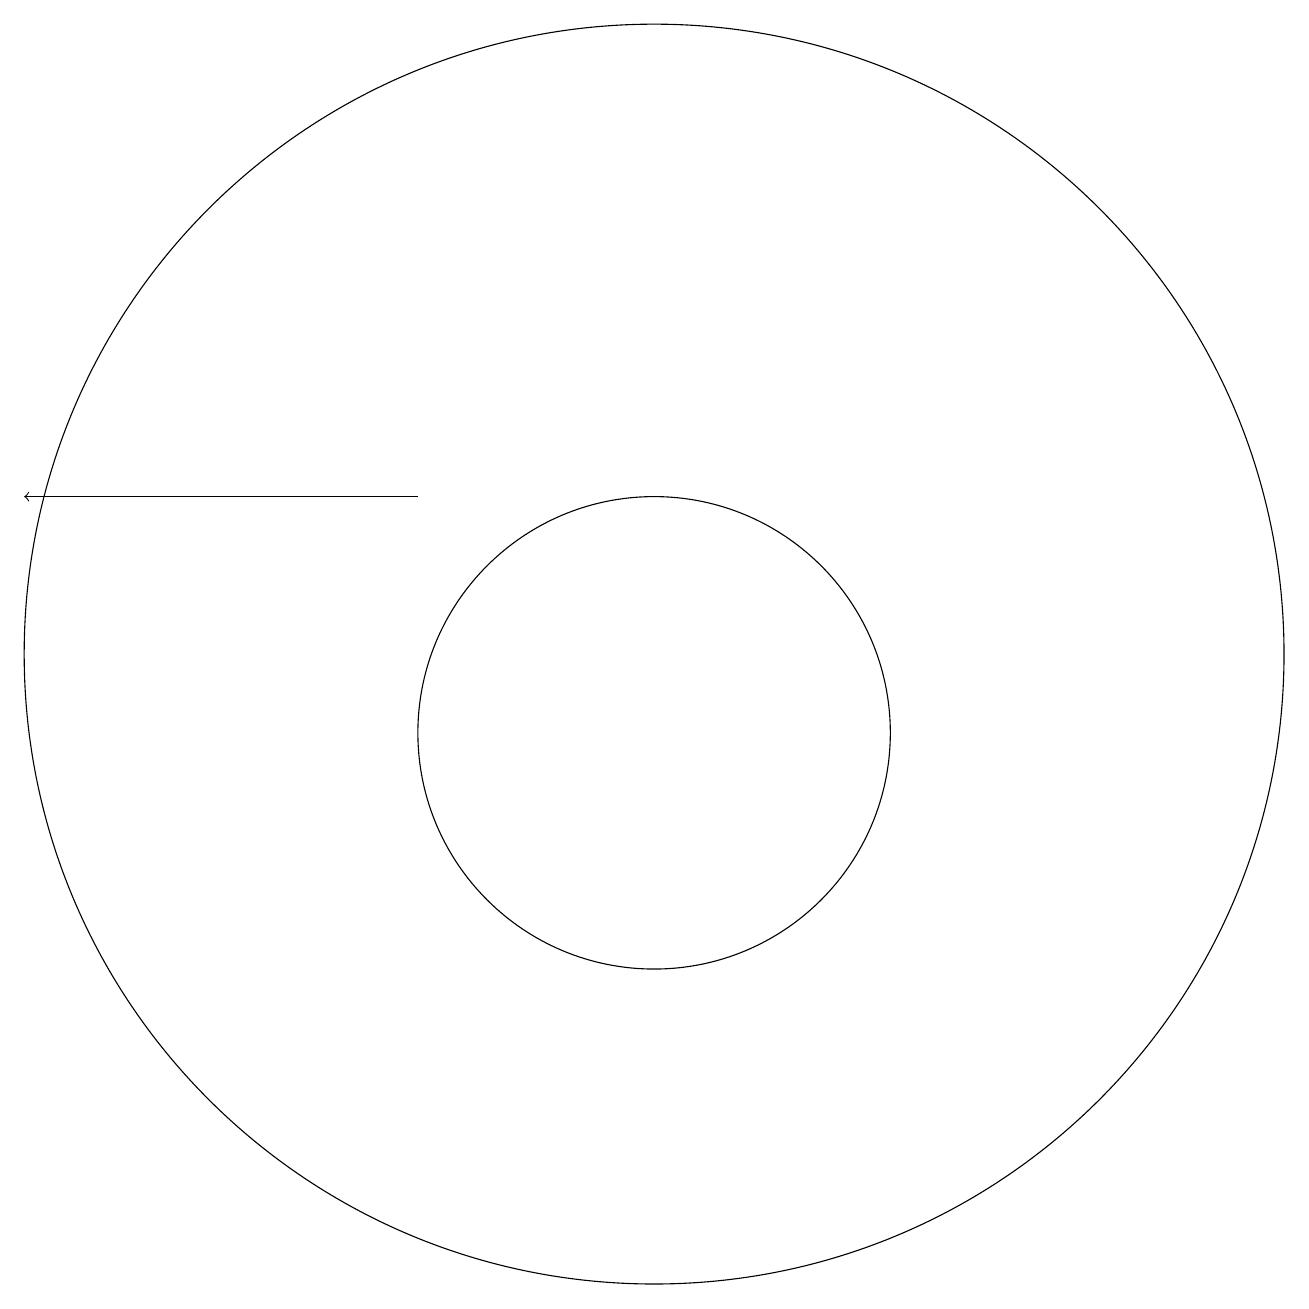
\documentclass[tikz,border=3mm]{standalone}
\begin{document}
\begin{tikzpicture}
\draw (12,12) circle (8);
\draw (12,11) circle (3);
\draw[->] (9,14) -- (4,14);
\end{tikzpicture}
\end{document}